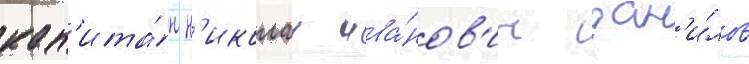
кап'ита́н н'иколаи ива́нов'ич дан'и́лов